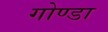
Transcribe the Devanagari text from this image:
गोण्‍डा